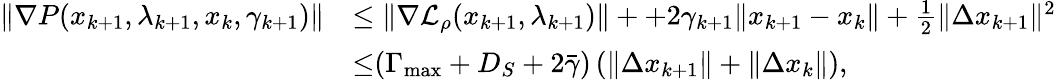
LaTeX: \begin{array}{rl}{\| \nabla P(x_{k+1},\lambda_{k+1},x_{k},\gamma_{k+1})\| }&{\leq\| \nabla{\mathcal{L}_{\rho}}(x_{k+1},\lambda_{k+1})\| ++2{\gamma}_{k+1}\| x_{k+1}-x_{k}\| +\frac{1}{2}\| \Delta x_{k+1}\| ^{2}}\\ &{{\overset{}{\leq}}(\Gamma_{\mathrm{max}}+D_{S}+2\bar{\gamma})\left(\| \Delta x_{k+1}\| +\| \Delta x_{k}\| \right),}\end{array}